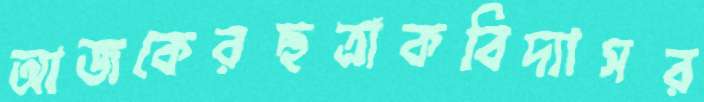
আজকেরছত্রাকবিদ্যাসর